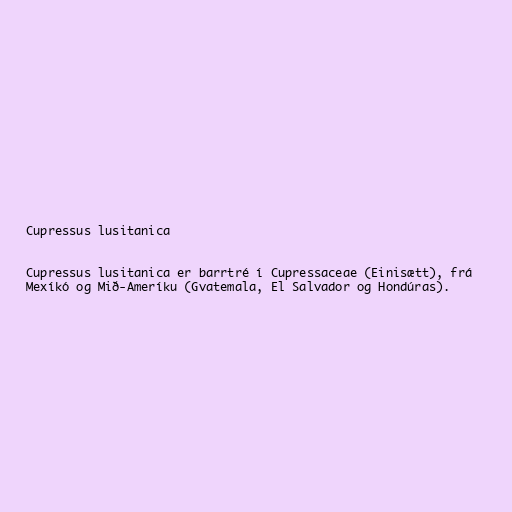
Cupressus lusitanica

Cupressus lusitanica er barrtré í Cupressaceae (Einisætt), frá
Mexíkó og Mið-Ameríku (Gvatemala, El Salvador og Hondúras).